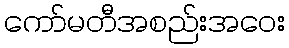
ကော်မတီအစည်းအဝေး